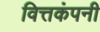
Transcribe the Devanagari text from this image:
वित्तकंपनी